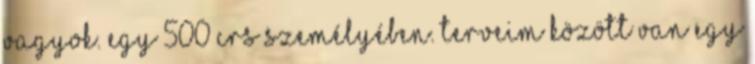
vagyok. Egy 500 CRS személyében. Terveim között van egy